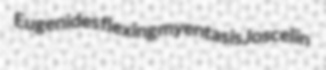
Eugenides flexing myentasis Joscelin